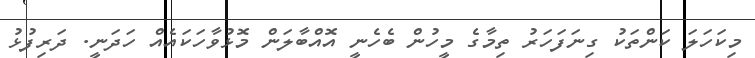
މިކަހަލަ ކަންތަކު ގިނަފަހަރު ތިމާގެ މީހުން ބެހެނީ އޮއްބާލަން މޮޅުވާހަކައެއް ހަދަނީ. ދަރިފުޅު